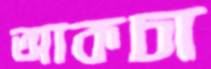
আকচা